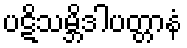
ပဋိသမ္ဘိဒါပတ္တာနံ